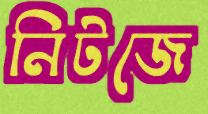
নিটজে